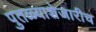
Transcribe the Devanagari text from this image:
पुतळ्याशेजारीच